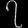
Digit: ၇